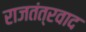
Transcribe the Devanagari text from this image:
राजतंत्रवाद